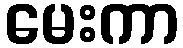
မေးကာ